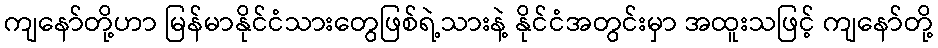
ကျနော်တို့ဟာ မြန်မာနိုင်ငံသားတွေဖြစ်ရဲ့သားနဲ့ နိုင်ငံအတွင်းမှာ အထူးသဖြင့် ကျနော်တို့